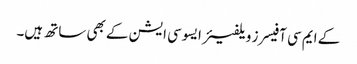
کے ایم سی آفیسرز ویلفیئر ایسوسی ایشن کے بھی ساتھ ہیں۔